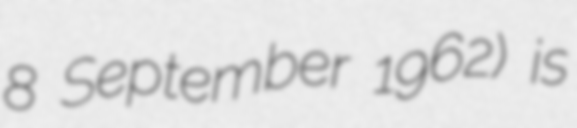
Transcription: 8 September 1962) is